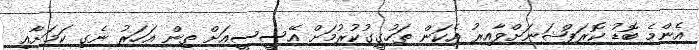
އެންމެ ބޮޑު ކޮރަޕްޝަނަށްވާއިރު އެކަން ތަހުގީގުކުރުމަށް އޭސީސީއަށް ތިން އަހަރު ނެގި ކަމަށާއި